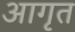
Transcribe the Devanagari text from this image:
आगृत